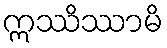
ဣဿိဿာမိ